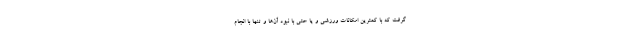
گرفت که با کمترین امکانات ورزشی و یا حتی با نبود آن‌ها و تنها با انجام